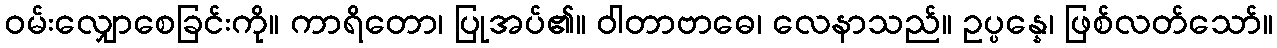
ဝမ်းလျှောစေခြင်းကို။ ကာရိတော၊ ပြုအပ်၏။ ဝါတာဗာဓေ၊ လေနာသည်။ ဥပ္ပန္နေ၊ ဖြစ်လတ်သော်။